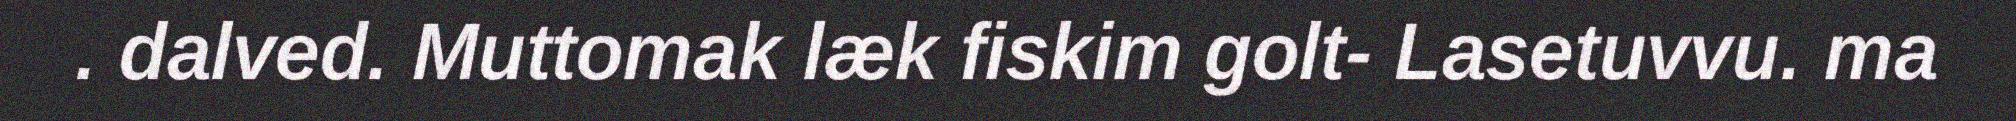
. dalved. Muttomak læk fiskim golt- Lasetuvvu. ma